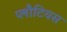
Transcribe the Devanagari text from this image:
प्लौटियस